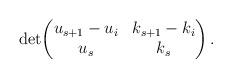
LaTeX: \begin{align*}\det\!\begin{pmatrix}u_{s+1}-u_i&k_{s+1}-k_i\\u_s&k_s\end{pmatrix}.\end{align*}